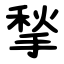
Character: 揫